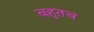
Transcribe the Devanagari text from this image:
बहुतच